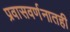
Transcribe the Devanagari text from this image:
प्रवासवर्णनातही